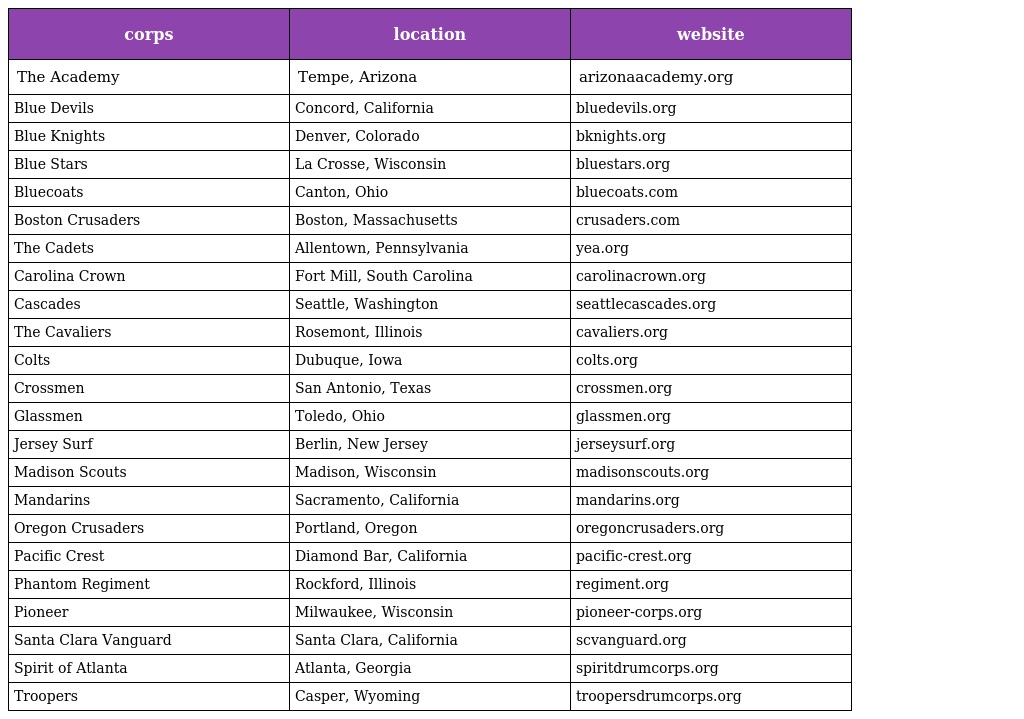
| corps | location | website |
 | --- | --- | --- |
 | The Academy | Tempe, Arizona | arizonaacademy.org |
 | Blue Devils | Concord, California | bluedevils.org |
 | Blue Knights | Denver, Colorado | bknights.org |
 | Blue Stars | La Crosse, Wisconsin | bluestars.org |
 | Bluecoats | Canton, Ohio | bluecoats.com |
 | Boston Crusaders | Boston, Massachusetts | crusaders.com |
 | The Cadets | Allentown, Pennsylvania | yea.org |
 | Carolina Crown | Fort Mill, South Carolina | carolinacrown.org |
 | Cascades | Seattle, Washington | seattlecascades.org |
 | The Cavaliers | Rosemont, Illinois | cavaliers.org |
 | Colts | Dubuque, Iowa | colts.org |
 | Crossmen | San Antonio, Texas | crossmen.org |
 | Glassmen | Toledo, Ohio | glassmen.org |
 | Jersey Surf | Berlin, New Jersey | jerseysurf.org |
 | Madison Scouts | Madison, Wisconsin | madisonscouts.org |
 | Mandarins | Sacramento, California | mandarins.org |
 | Oregon Crusaders | Portland, Oregon | oregoncrusaders.org |
 | Pacific Crest | Diamond Bar, California | pacific-crest.org |
 | Phantom Regiment | Rockford, Illinois | regiment.org |
 | Pioneer | Milwaukee, Wisconsin | pioneer-corps.org |
 | Santa Clara Vanguard | Santa Clara, California | scvanguard.org |
 | Spirit of Atlanta | Atlanta, Georgia | spiritdrumcorps.org |
 | Troopers | Casper, Wyoming | troopersdrumcorps.org |